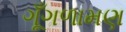
ગૂઁગળામણ